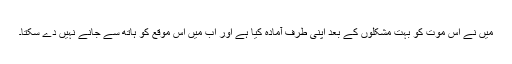
میں نے اس موت کو بہت مشکلوں کے بعد اپنی طرف آمادہ کیا ہے اور اب میں اس موقع کو ہاتھ سے جانے نہیں دے سکتا۔